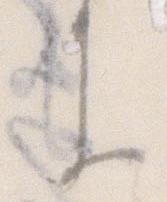
き